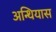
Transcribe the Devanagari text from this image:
अन्थियास